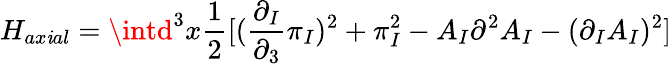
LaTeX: H_{ax\mathit{i}al}=\intd^{3}x\frac{{1}}{{2}}[(\frac{{\partial_{I}}}{{\partial_{3}}}\pi_{I})^{2}+\pi_{I}^{2}-A_{I}\partial^{2}A_{I}-(\partial_{I}A_{I})^{2}]